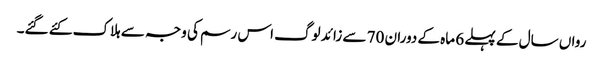
رواں سال کے پہلے 6 ماہ کے دوران 70 سے زائد لوگ اس رسم کی وجہ سے ہلاک کئے گئے۔